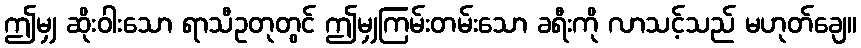
ဤမျှ ဆိုးဝါးသော ရာသီဥတုတွင် ဤမျှကြမ်းတမ်းသော ခရီးကို လာသင့်သည် မဟုတ်ချေ။